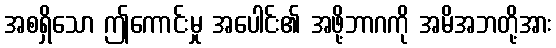
အစရှိသော ဤကောင်းမှု အပေါင်း၏ အဖို့ဘာဂကို အမိအဘတို့အား